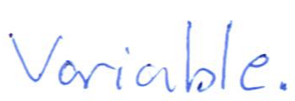
Text: variable.
Cross-out: clean
Writing tool: ballpoint